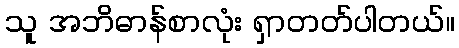
သူ အဘိဓာန်စာလုံး ရှာတတ်ပါတယ်။